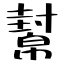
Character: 幫